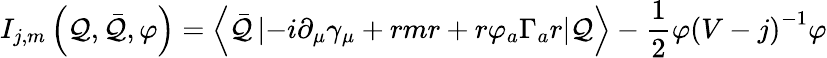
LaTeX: I_{j,m}\left(\mathcal{Q},\bar{{\mathcal{Q}}},\varphi\right)=\left\langle\bar{{\mathcal{Q}}}\left|-i\partial_{\mu}\gamma_{\mu}+rmr+r\varphi_{a}\Gamma_{a}r\right|\mathcal{Q}\right\rangle-\frac{1}{2}\varphi\left(V-j\right)^{-1}\varphi